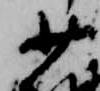
少